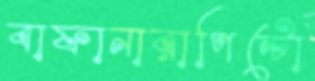
বাফানারাপিন্টো